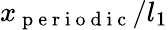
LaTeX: x_{\mathrm{~p~e~r~i~o~d~i~c~}}/l_{1}